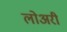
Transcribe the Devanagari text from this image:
लोअरी